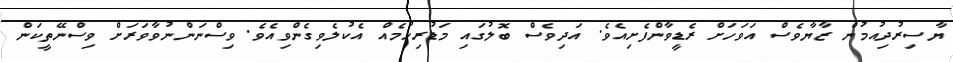
ޔާސިރުދިއުމުން ޒާޔާވެސް އަވަހަށް ރެޑީވާންފެށިއެވެ. އަދިވެސް ބޮލުގައި މަޑުރިހުމެއް އެކުލެވިގެންވިއެވެ. ވިސްނަންނުވާވަރަށް ވިސްނޭތީކަން